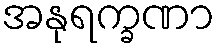
အနုရက္ခဏာ